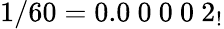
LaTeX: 1/60=0.0\ 0\ 0\ 0\ 2_{!}